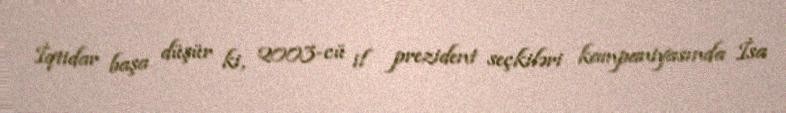
İqtidar başa düşür ki, 2003-cü il prezident seçkiləri kampaniyasında İsa